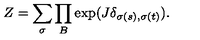
Z = \sum _ { \sigma } \prod _ { B } \exp ( J \delta _ { \sigma ( s ) , \sigma ( t ) } ) .